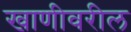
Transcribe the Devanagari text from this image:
खाणीवरील